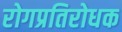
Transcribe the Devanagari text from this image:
रोगप्रतिरोधक